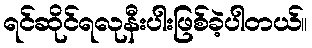
ရင်ဆိုင်ရလုနီးပါးဖြစ်ခဲ့ပါတယ်။